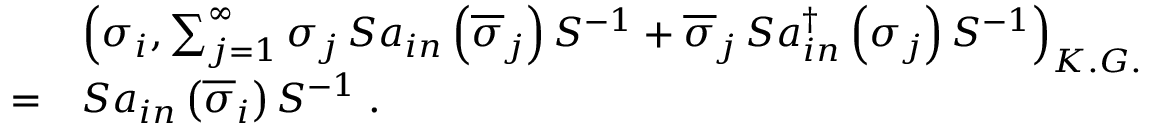
\begin{array} { l l l } { { } } & { { \ } } & { { \left( \sigma _ { i } , \sum _ { j = 1 } ^ { \infty } \sigma _ { j } \, S a _ { i n } \left( \overline { { { \sigma } } } _ { j } \right) S ^ { - 1 } + \overline { { { \sigma } } } _ { j } \, S a _ { i n } ^ { \dagger } \left( \sigma _ { j } \right) S ^ { - 1 } \right) _ { K . G . } } } \\ { { } } & { { = } } & { { S a _ { i n } \left( \overline { { { \sigma } } } _ { i } \right) S ^ { - 1 } \; . } } \end{array}